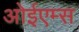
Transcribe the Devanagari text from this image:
ओईएम्स